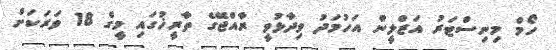
ހޯމް މިނިސްޓަރު އަޒްލީން އަހުމަދު ވިދާޅުވީ ރާއްޖޭގެ ތާރީޚުގައި މީގެ 18 ވަރަކަށް